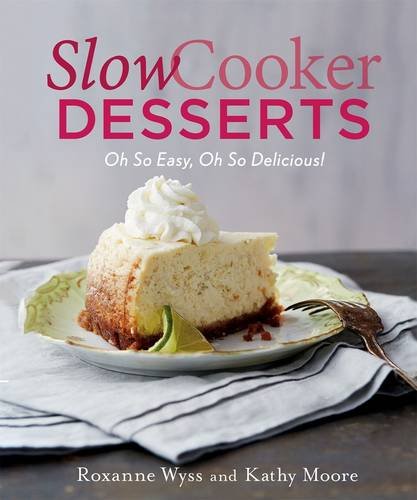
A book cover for Slow Cooker Desserts: Oh So Easy, Oh So Delicious!; Roxanne Wyss; Cookbooks, Food & Wine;